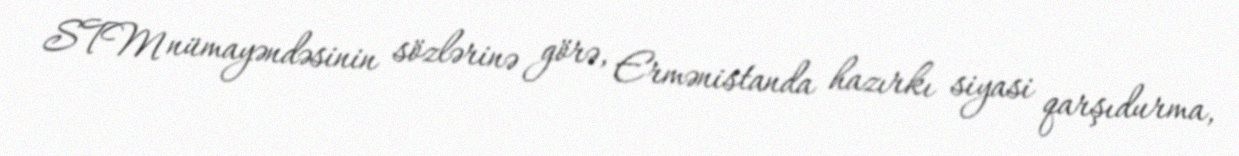
STM nümayəndəsinin sözlərinə görə, Ermənistanda hazırkı siyasi qarşıdurma,